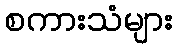
စကားသံများ